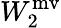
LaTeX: W_{2}^{\mathrm{mv}}